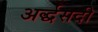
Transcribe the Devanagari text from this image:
अर्द्धसदी